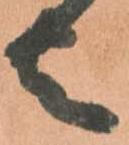
者